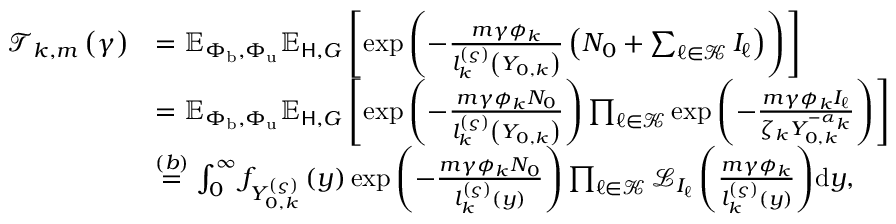
\begin{array} { r l } { \mathcal { T } _ { k , m } \left( \gamma \right) } & { = \mathbb { E } _ { \Phi _ { \mathrm { b } } , \Phi _ { \mathrm { u } } } \mathbb { E } _ { \mathsf { H } , G } \left[ \exp \left( - \frac { m \gamma \phi _ { k } } { l _ { k } ^ { \left( \varsigma \right) } \left( Y _ { 0 , k } \right) } \left( N _ { 0 } + \sum _ { \ell \in \mathcal { K } } { I _ { \ell } } \right) \right) \right] } \\ & { = \mathbb { E } _ { \Phi _ { \mathrm { b } } , \Phi _ { \mathrm { u } } } \mathbb { E } _ { \mathsf { H } , G } \left[ \exp \left( - \frac { m \gamma \phi _ { k } N _ { 0 } } { l _ { k } ^ { \left( \varsigma \right) } \left( Y _ { 0 , k } \right) } \right) \prod _ { \ell \in \mathcal { K } } { \exp \left( - \frac { m \gamma \phi _ { k } I _ { \ell } } { \zeta _ { k } Y _ { 0 , k } ^ { - \alpha _ { k } } } \right) } \right] } \\ & { { \overset { ( b ) } { = } \int _ { 0 } ^ { \infty } { f _ { Y _ { 0 , k } ^ { \left( \varsigma \right) } } \left( y \right) \exp \left( - \frac { m \gamma \phi _ { k } N _ { 0 } } { l _ { k } ^ { \left( \varsigma \right) } \left( y \right) } \right) \prod _ { \ell \in \mathcal { K } } { \mathcal { L } _ { I _ { \ell } } \left( \frac { m \gamma \phi _ { k } } { l _ { k } ^ { \left( \varsigma \right) } \left( y \right) } \right) } \mathrm { d } y } } , } \end{array}